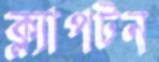
ক্ল্যাপটন